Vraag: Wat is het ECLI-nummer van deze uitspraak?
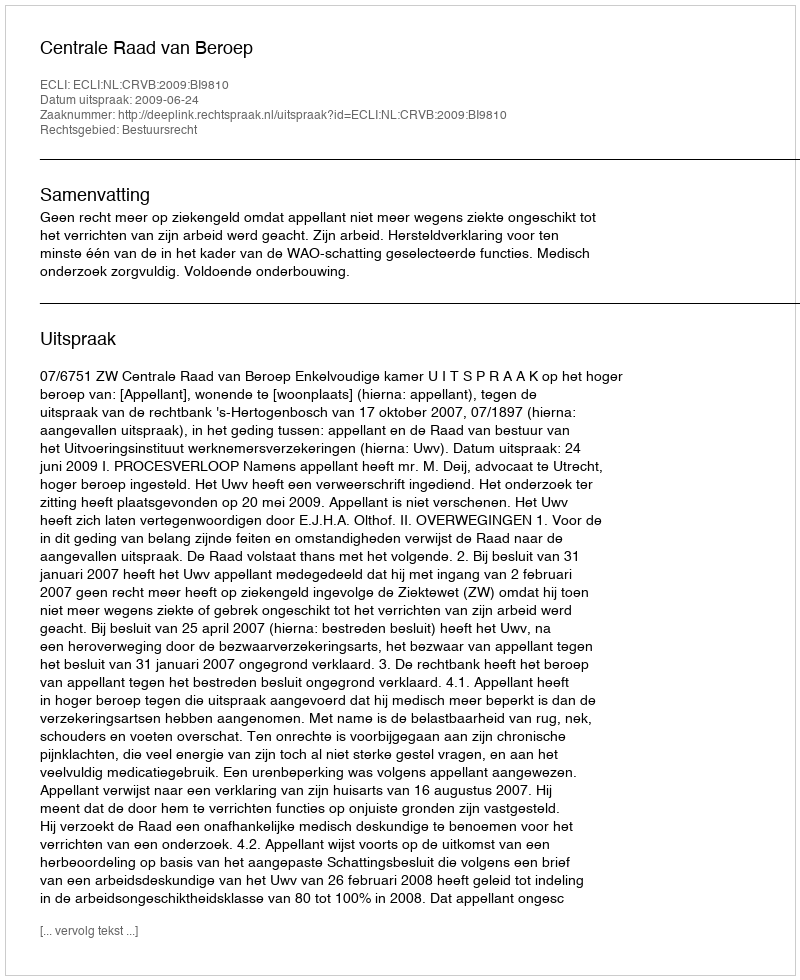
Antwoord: ECLI:NL:CRVB:2009:BI9810